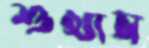
শুখাস